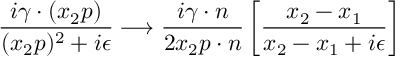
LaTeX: \frac { i \gamma \cdot ( x _ { 2 } p ) } { ( x _ { 2 } p ) ^ { 2 } + i \epsilon } \longrightarrow \frac { i \gamma \cdot n } { 2 x _ { 2 } p \cdot n } \left[ \frac { x _ { 2 } - x _ { 1 } } { x _ { 2 } - x _ { 1 } + i \epsilon } \right]